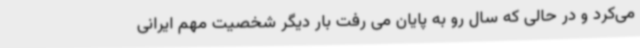
می‌کرد و در حالی که سال رو به پایان می رفت بار دیگر شخصیت مهم ایرانی